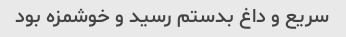
سریع و داغ بدستم رسید و خوشمزه بود